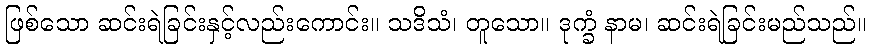
ဖြစ်သော ဆင်းရဲခြင်းနှင့်လည်းကောင်း။ သဒိသံ၊ တူသော။ ဒုက္ခံ နာမ၊ ဆင်းရဲခြင်းမည်သည်။